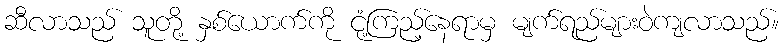
ဆီလာသည် သူတို့ နှစ်ယောက်ကို ငုံ့ကြည့်နေရာမှ မျက်ရည်များဝဲကျလာသည်။